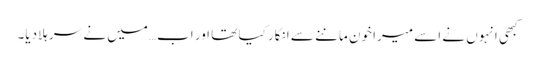
کبھی انہوں نے اسے میرا خون ماننے سے انکار کیا تھا اور اب…میں نے سر ہلادیا۔